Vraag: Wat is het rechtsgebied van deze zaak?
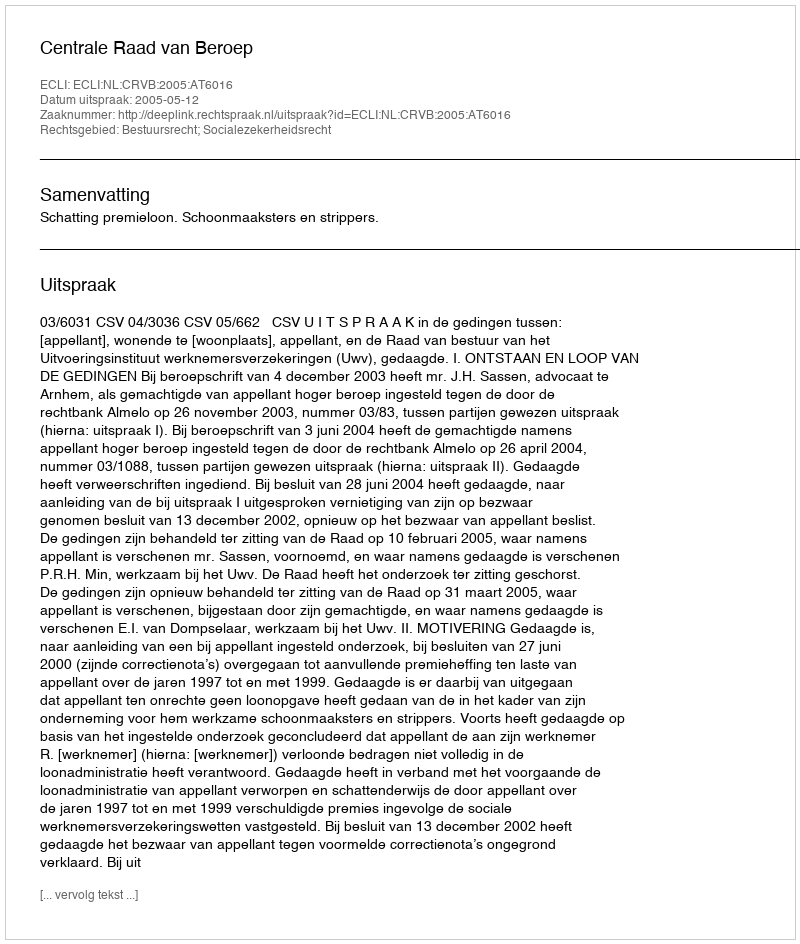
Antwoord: Bestuursrecht; Socialezekerheidsrecht